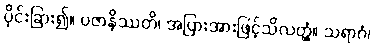
ပိုင်းခြား၍။ ပဇာနိဿတိ၊ အပြားအားဖြင့်သိလတ္တံ့။ သရာဂံ၊